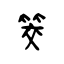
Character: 筊